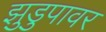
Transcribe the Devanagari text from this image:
झुडुपावर